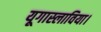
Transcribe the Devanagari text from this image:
यूगास्लाविया।